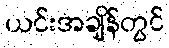
ယင်းအချိန်တွင်